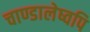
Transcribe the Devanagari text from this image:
चाण्डालेष्वपि